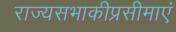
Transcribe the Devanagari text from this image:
राज्यसभाकीप्रसीमाएं